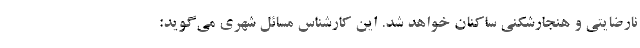
نارضایتی و هنجارشکنی ساکنان خواهد شد. این کارشناس مسائل شهری می‌گوید: